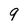
Character: 9